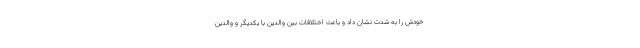
خودش را به شدت نشان داد و باعث اختلافات بین والدین با یکدیگر و والدین